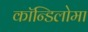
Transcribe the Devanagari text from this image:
कॉन्डिलोमा